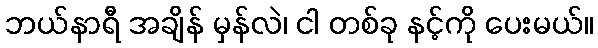
ဘယ်နာရီ အချိန် မှန်လဲ၊ ငါ တစ်ခု နင့်ကို ပေးမယ်။